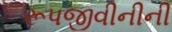
રૂપજીવીનીની